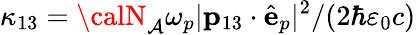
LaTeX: \kappa_{13}={\calN}_{\mathcal{A}}\omega_{p}|\mathbf{{p}}_{13}\cdot\hat{{\mathbf{{e}}}}_{p}|^{2}/(2\hbar\varepsilon_{0}c)